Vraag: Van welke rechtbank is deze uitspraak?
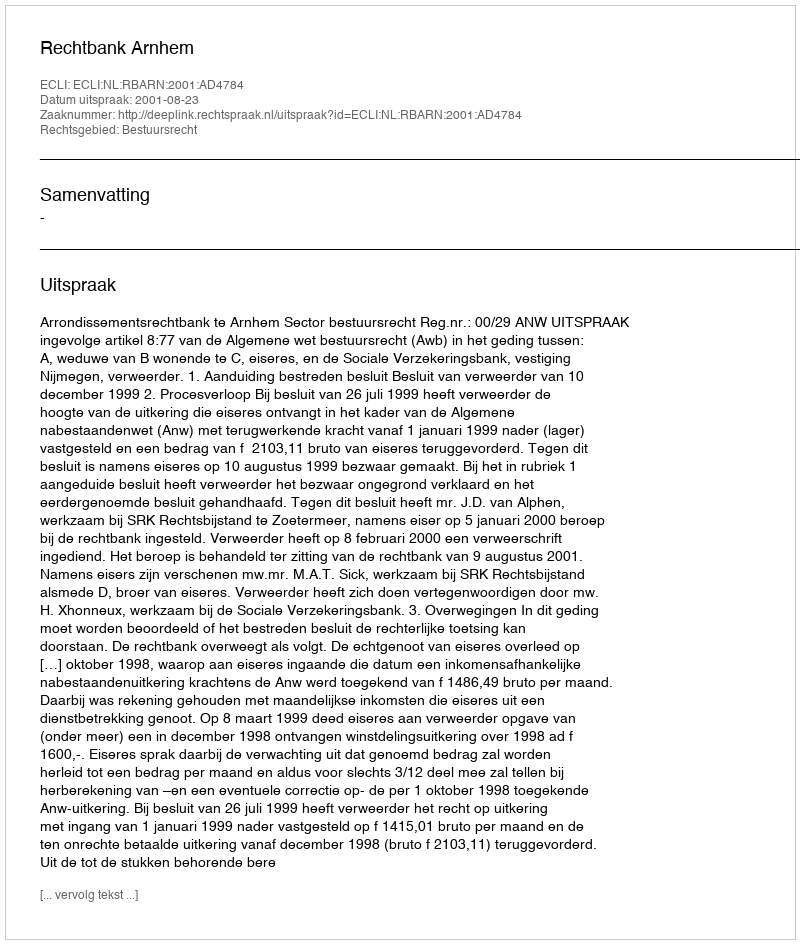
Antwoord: Rechtbank Arnhem